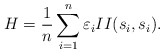
\begin{align*} H=\frac 1n\sum_{i=1}^{n}\varepsilon_i II(s_i,s_i). \end{align*}